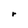
Character: r